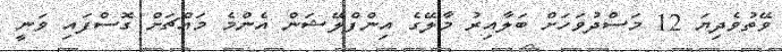
ވޭތުވެދިޔަ 12 މަސްދުވަހަށް ބަލާއިރު މާލޭގެ އިންފްލޭޝަން އެންމެ މައްޗަށް ގޮސްފައި ވަނީ